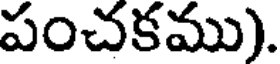
పంచకము).